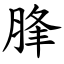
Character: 䏺